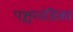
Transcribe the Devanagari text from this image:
पश्चखंडिका